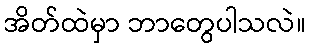
အိတ်ထဲမှာ ဘာတွေပါသလဲ။